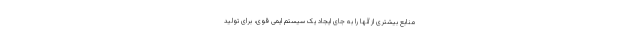
منابع بیشتری از آنها را به جای ایجاد یک سیستم ایمی قوی، برای تولید